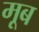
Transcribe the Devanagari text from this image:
मूब